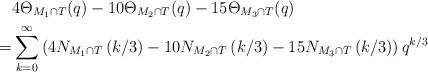
LaTeX: \begin{align*}&4\Theta_{M_1 \cap T}(q) - 10\Theta_{M_2\cap T}(q) - 15\Theta_{M_3\cap T}(q) \\ = &\sum_{k = 0}^\infty \left(4N_{M_1 \cap T}\left(k/3\right) - 10N_{M_2\cap T}\left(k/3\right) - 15N_{M_3\cap T}\left(k/3\right)\right)q^{k/3}\end{align*}